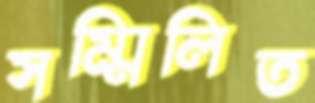
সম্মিলিত